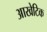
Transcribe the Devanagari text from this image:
आखेटिक